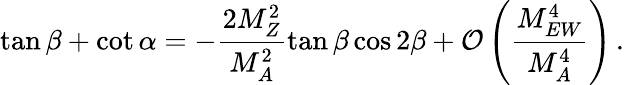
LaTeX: \tan\beta+\cot\alpha=-\frac{2M_{Z}^{2}}{M_{A}^{2}}\tan\beta\cos 2\beta+\mathcal{O}\left(\frac{M_{EW}^{4}}{M_{A}^{4}}\right)\, .